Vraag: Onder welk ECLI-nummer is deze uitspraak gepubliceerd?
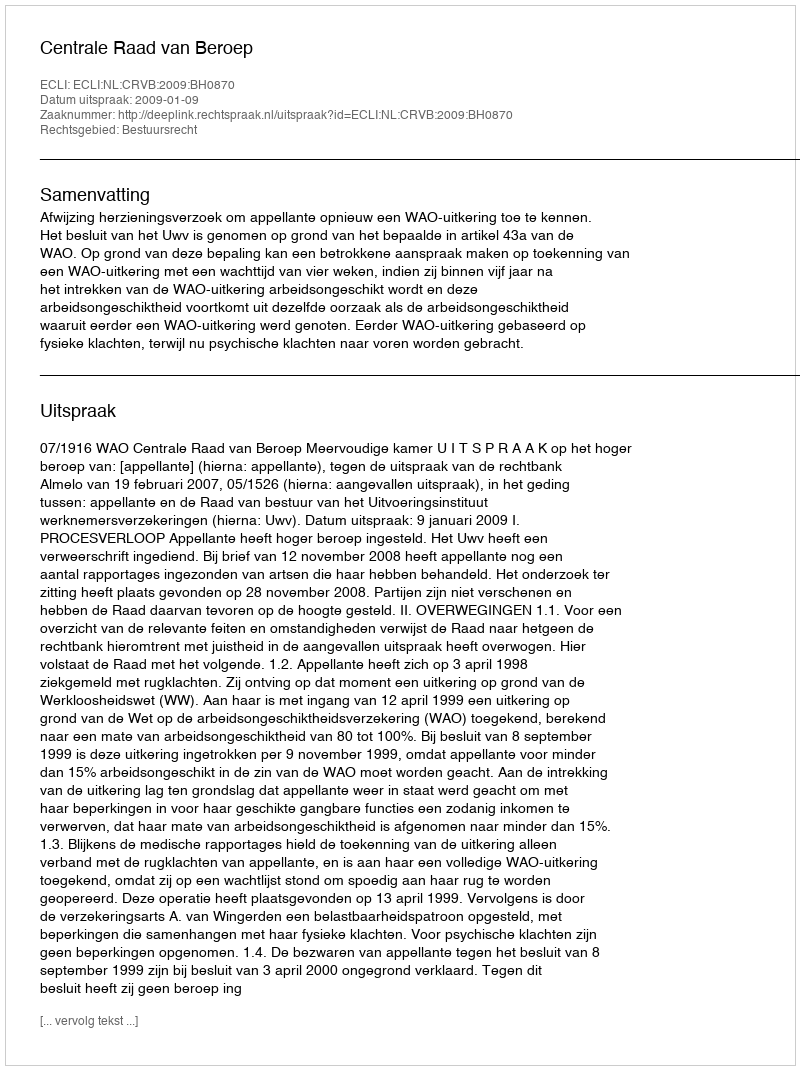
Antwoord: ECLI:NL:CRVB:2009:BH0870